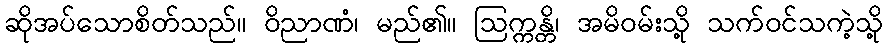
ဆိုအပ်သောစိတ်သည်။ ဝိညာဏံ၊ မည်၏။ ဩက္ကန္တိ၊ အမိဝမ်းသို့ သက်ဝင်သကဲ့သို့